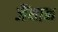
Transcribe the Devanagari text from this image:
जैंथान